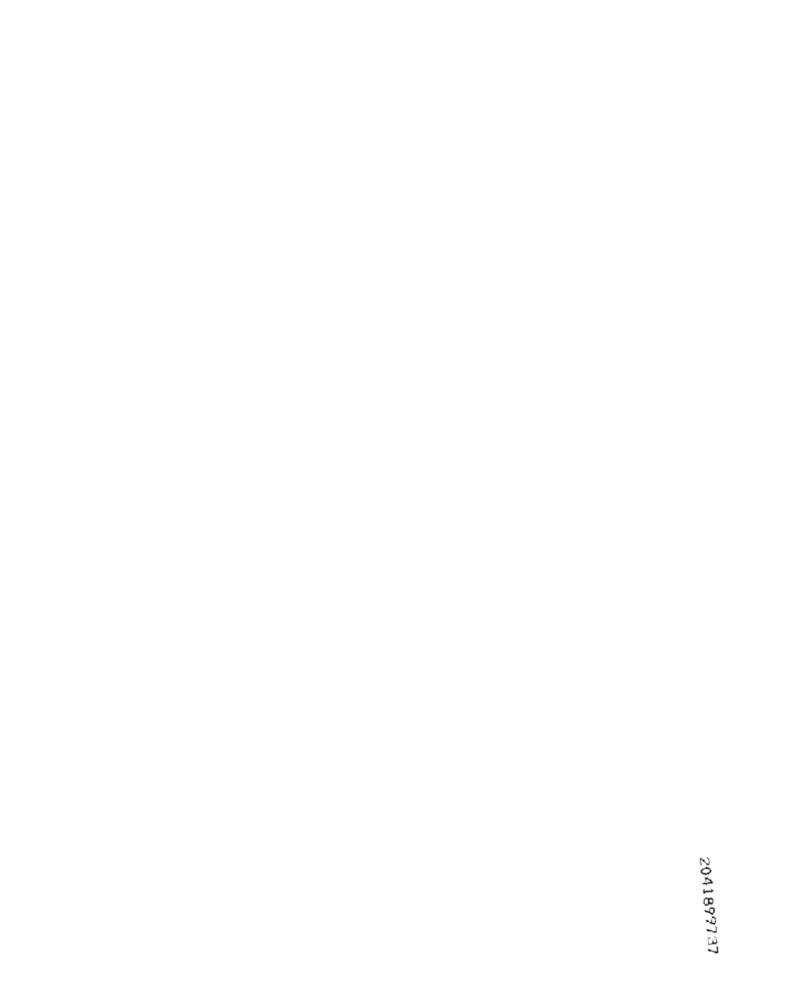
2041899737